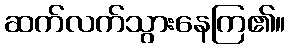
ဆက်လက်သွားနေကြ၏။